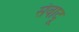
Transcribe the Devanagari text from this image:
संवादू